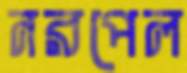
নরপেল